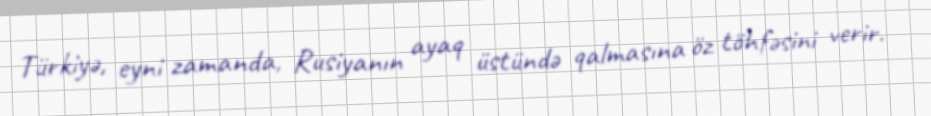
Türkiyə, eyni zamanda, Rusiyanın ayaq üstündə qalmasına öz töhfəsini verir.